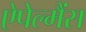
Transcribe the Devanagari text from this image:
ऐपेल्मैंस